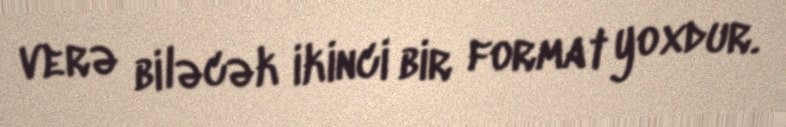
verə biləcək ikinci bir format yoxdur.